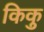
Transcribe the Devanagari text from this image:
किकु